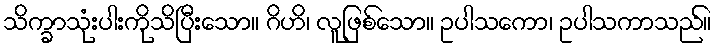
သိက္ခာသုံးပါးကိုသိပြီးသော။ ဂိဟိ၊ လူဖြစ်သော။ ဥပါသကော၊ ဥပါသကာသည်။